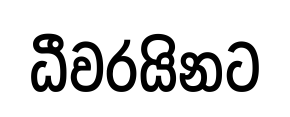
ධීවරයිනට